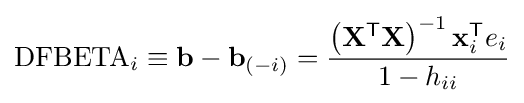
{\text{DFBETA}}_{i}\equiv \mathbf {b} -\mathbf {b} _{(-i)}={\frac {\left(\mathbf {X} ^{\mathsf {T}}\mathbf {X} \right)^{-1}\mathbf {x} _{i}^{\mathsf {T}}e_{i}}{1-h_{ii}}}